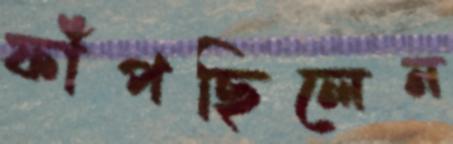
ফাঁপছিলেন